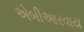
એબીઆરવાય